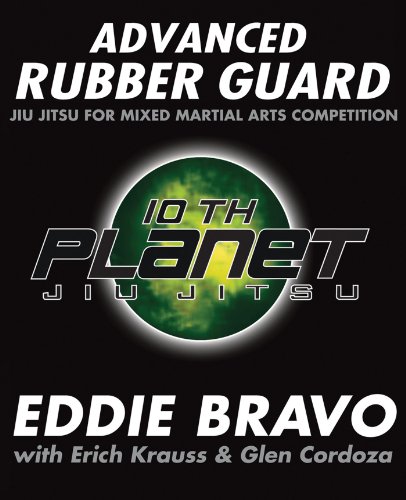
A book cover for Advanced Rubber Guard: Jiu-Jitsu for Mixed Martial Arts Competition; Eddie Bravo; Sports & Outdoors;